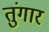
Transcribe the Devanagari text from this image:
तुंगार